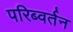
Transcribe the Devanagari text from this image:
परिब्वर्तन